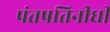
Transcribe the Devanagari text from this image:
पंतप्रतिनीधी